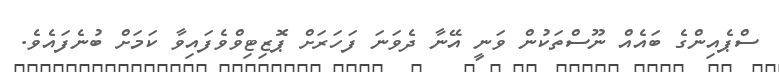
ސްޕެއިންގެ ބައެއް ނޫސްތަކުން ވަނީ އޭނާ ދެވަނަ ފަހަރަށް ޕޮޒިޓިވްވެފައިވާ ކަމަށް ބުނެފައެވެ.